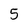
Character: 5